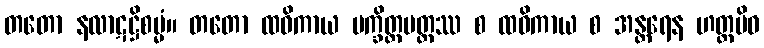
တတော နလာဋဋ္ဌိစမ္မံ။ တတော ထဝိကာယ ပက္ခိတ္တပတ္တဿ စ ထဝိကာယ စ အန္တရေန ဟတ္ထမိဝ